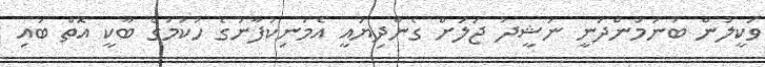
ވަކީލުން ބުނަމުންދަނީ ނަޝީދު ޖަލަށް ގެންދިޔައީ އެމަނިކުފާނުގެ ހުކުމުގެ ބާކީ އޮތް ބައި